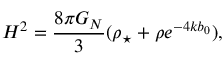
H ^ { 2 } = \frac { 8 \pi G _ { N } } { 3 } ( \rho _ { \star } + \rho e ^ { - 4 k b _ { 0 } } ) ,